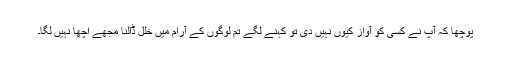
پوچھا کہ آپ نے کسی کو آواز کیوں نہیں دی تو کہنے لگے تم لوگوں کے آرام میں خلل ڈالنا مجھے اچھا نہیں لگا۔